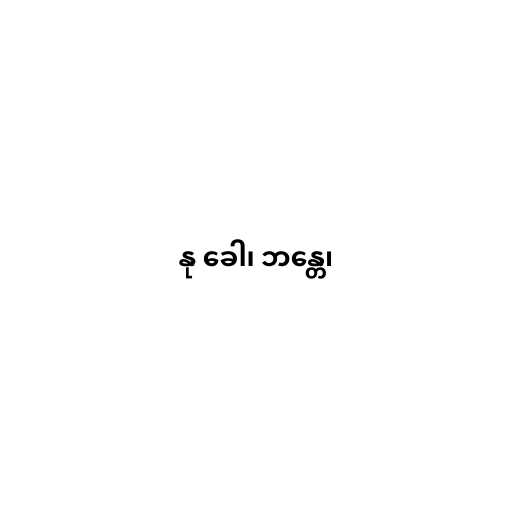
နု ခေါ၊ ဘန္တေ၊